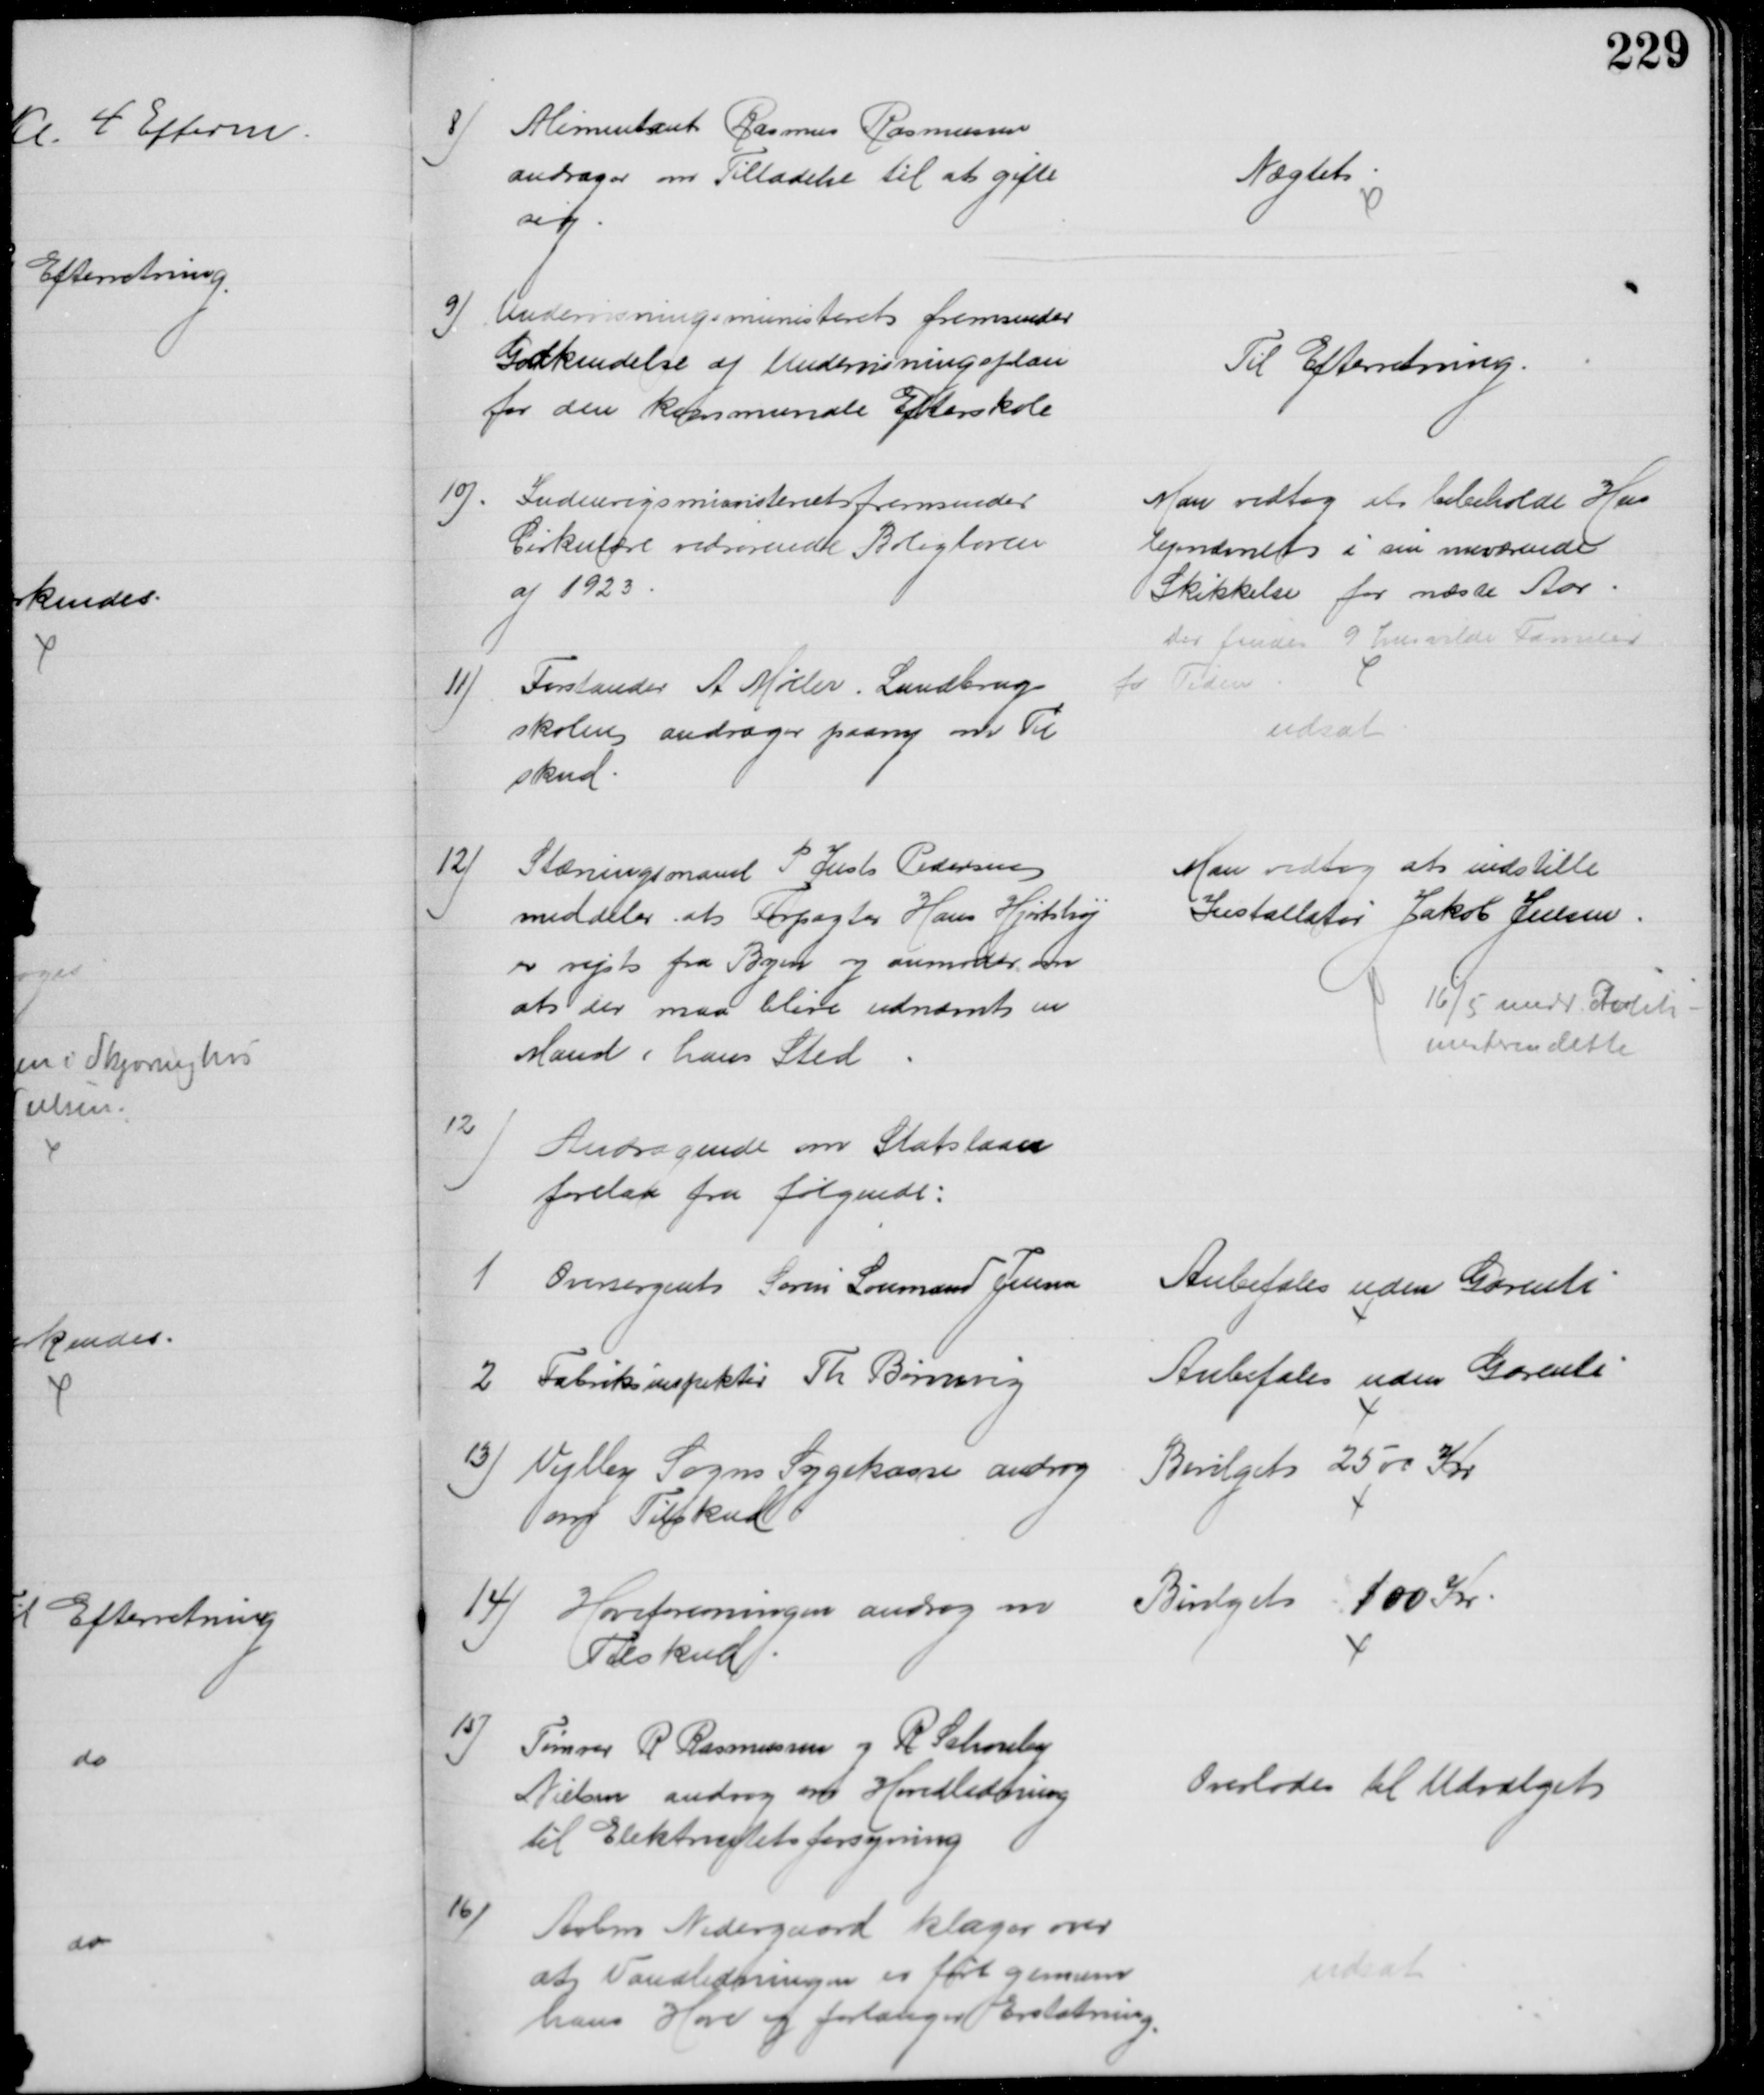
Transskription:
8) Alimentant Rasmus Rasmussen
andrager om Tilladelse til at gifte
sig.
Nægtet
9)
Undervisningsministeriet fremsender 
Godkendelse af Undervisningsplan
for den kommunale Efterskole
Til Efterretning.
10)
Indenrigsministeriet fremsender
Cirkulære vedrørende Boligloven
af 1923
Man vedtog et bibeholde Hus
lejenævnet i sin nuværende
Skikkelse for næste Aar
der findes 9 husvilde Familier
for Tiden
11)
Forstander A Møller. Landbrugs
skolen andrager paany om Til
skud.
udsat
12)
Stævningsmand P Just Pedersen
meddeler at Forpagter Hans Hjortshøj
er rejst fra Byen og anmoder om 
at der maa blive udnævnt en
Mand i hans Sted
Man vedtog at indstille
Installatør Jakob Jensen
16/5 medd. Politi
mesteren dette
12
Andragende om Statslaan
forelaa fra følgende:
1 Oversergent Søren Loumand Jensen
Anbefales uden Garenti
2 Fabriksinspektør Th Børnvig
Anbefales uden Garenti
13) Vejlby Sogns Sygekasse androg 
om Tilskud
Bevilget 2500 Kr
14) Haveforeningen androg om
Tilskud
Bevilget 100 Kr
15) Tømrer R. Rasmussen og R Schonby
Nielsen androg om Hovedledning
til Elektrictetsforsyning
Overlodes til Udvalget
16)
Arbm Nedergaard klager over 
at Vandlederingen er ført gennem
hans Have og forlanger Erstatning.
udsat